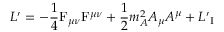
{ \cal L ^ { \prime } } = - \frac { 1 } { 4 } \mathrm { F } _ { \mu \nu } \mathrm { F } ^ { \mu \nu } + \frac { 1 } { 2 } m _ { A } ^ { 2 } A _ { \mu } A ^ { \mu } + { \cal { L ^ { \prime } } _ { \mathrm { I } } }